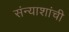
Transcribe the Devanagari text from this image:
संन्याशांची